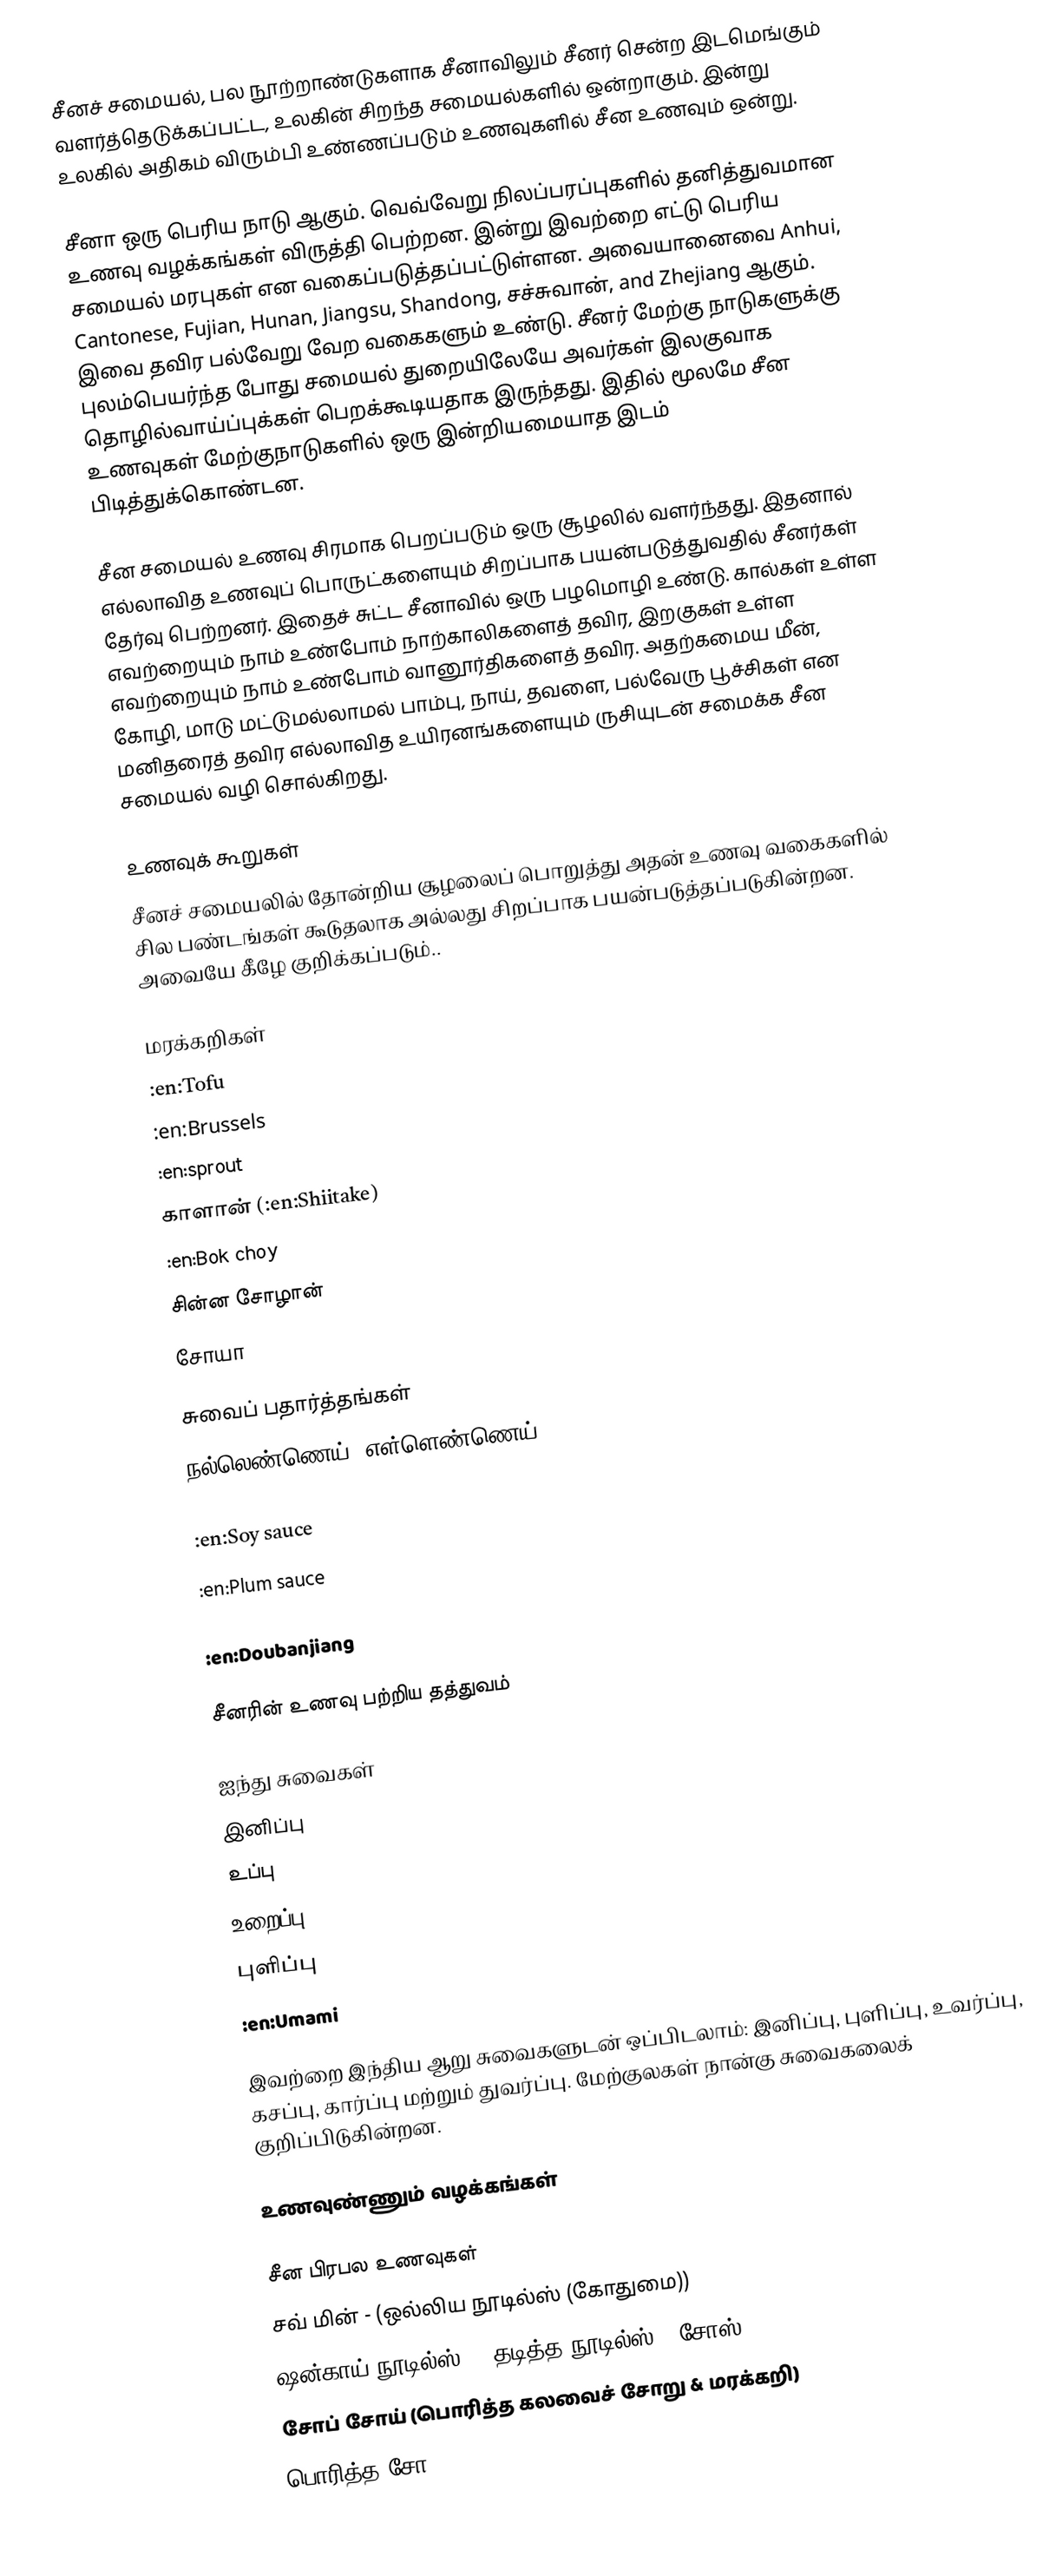
சீனச் சமையல், பல நூற்றாண்டுகளாக சீனாவிலும் சீனர் சென்ற இடமெங்கும் வளர்த்தெடுக்கப்பட்ட, உலகின் சிறந்த சமையல்களில் ஒன்றாகும்.  இன்று உலகில் அதிகம் விரும்பி உண்ணப்படும் உணவுகளில் சீன உணவும் ஒன்று.

சீனா ஒரு பெரிய நாடு ஆகும்.  வெவ்வேறு நிலப்பரப்புகளில் தனித்துவமான உணவு வழக்கங்கள் விருத்தி பெற்றன.  இன்று இவற்றை எட்டு பெரிய சமையல் மரபுகள் என வகைப்படுத்தப்பட்டுள்ளன.  அவையானைவை Anhui, Cantonese, Fujian, Hunan, Jiangsu, Shandong, சச்சுவான், and Zhejiang ஆகும்.  இவை தவிர பல்வேறு வேற வகைகளும் உண்டு.  சீனர் மேற்கு நாடுகளுக்கு புலம்பெயர்ந்த போது சமையல் துறையிலேயே அவர்கள் இலகுவாக தொழில்வாய்ப்புக்கள் பெறக்கூடியதாக இருந்தது.  இதில் மூலமே சீன உணவுகள் மேற்குநாடுகளில் ஒரு இன்றியமையாத இடம் பிடித்துக்கொண்டன.

சீன சமையல் உணவு சிரமாக பெறப்படும் ஒரு சூழலில் வளர்ந்தது.  இதனால் எல்லாவித உணவுப் பொருட்களையும் சிறப்பாக பயன்படுத்துவதில் சீனர்கள் தேர்வு பெற்றனர்.  இதைச் சுட்ட சீனாவில் ஒரு பழமொழி உண்டு.  கால்கள் உள்ள எவற்றையும் நாம் உண்போம் நாற்காலிகளைத் தவிர, இறகுகள் உள்ள எவற்றையும் நாம் உண்போம் வானூர்திகளைத் தவிர.  அதற்கமைய மீன், கோழி, மாடு மட்டுமல்லாமல் பாம்பு, நாய், தவளை, பல்வேரு பூச்சிகள் என மனிதரைத் தவிர எல்லாவித உயிரனங்களையும் ருசியுடன் சமைக்க சீன சமையல் வழி சொல்கிறது.

உணவுக் கூறுகள்
சீனச் சமையலில் தோன்றிய சூழலைப் பொறுத்து அதன் உணவு வகைகளில் சில பண்டங்கள் கூடுதலாக அல்லது சிறப்பாக பயன்படுத்தப்படுகின்றன.  அவையே கீழே குறிக்கப்படும்..

மரக்கறிகள்
 :en:Tofu
 :en:Brussels
 :en:sprout
 காளான் (:en:Shiitake)
 :en:Bok choy
 சின்ன சோழான்
 சோயா

சுவைப் பதார்த்தங்கள்
 நல்லெண்ணெய் (எள்ளெண்ணெய்)
 :en:Hot sauce
 :en:Soy sauce
 :en:Plum sauce
 :en:Oyster sauce
 :en:Doubanjiang

சீனரின் உணவு பற்றிய தத்துவம்

ஐந்து சுவைகள்
 இனிப்பு
 உப்பு
 உறைப்பு
 புளிப்பு
 :en:Umami

இவற்றை இந்திய ஆறு சுவைகளுடன் ஒப்பிடலாம்: இனிப்பு, புளிப்பு, உவர்ப்பு, கசப்பு, கார்ப்பு மற்றும் துவர்ப்பு.  மேற்குலகள் நான்கு சுவைகலைக் குறிப்பிடுகின்றன.

உணவுண்ணும் வழக்கங்கள்

சீன பிரபல உணவுகள்
 சவ் மின் - (ஒல்லிய நூடில்ஸ் (கோதுமை))
 ஷன்காய் நூடில்ஸ் - (தடித்த நூடில்ஸ் & சோஸ்)
 சோப் சோய் (பொரித்த கலவைச் சோறு & மரக்கறி)
 பொரித்த சோ